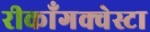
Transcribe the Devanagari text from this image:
रीकाँगक्वेस्टा